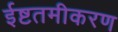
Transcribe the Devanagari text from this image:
ईष्टतमीकरण